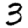
Digit: 3